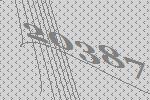
20387